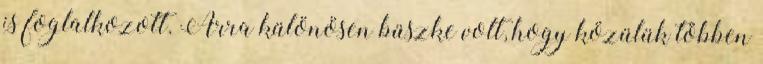
is foglalkozott. Arra különösen büszke volt, hogy közülük többen